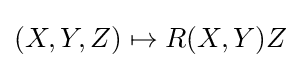
(X,Y,Z)\mapsto R(X,Y)Z